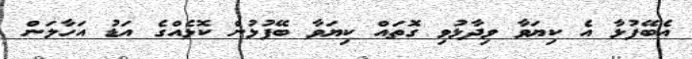
އެބޭފުޅާ އެ ކިޔަވާ ވިދާޅުވި ގޮތައް ކިޔަވާ ބޭފުޅުން ކޮޅެއްގެ އަޑު އަހާލަން